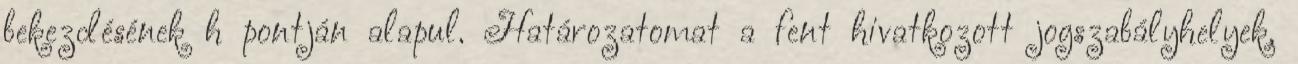
bekezdésének h pontján alapul. Határozatomat a fent hivatkozott jogszabályhelyek,